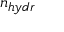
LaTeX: \scriptstyle n _ { h y d r }